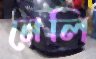
নেলি